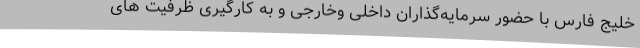
خلیج فارس با حضور سرمایه‌گذاران داخلی وخارجی و به کارگیری ظرفیت های